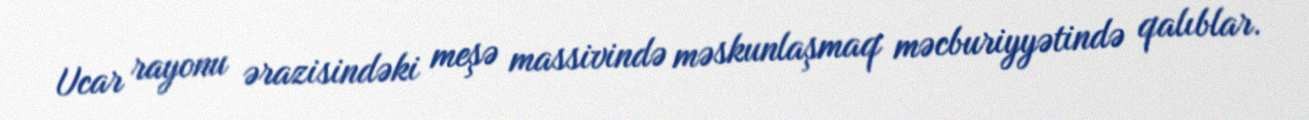
Ucar rayonu ərazisindəki meşə massivində məskunlaşmaq məcburiyyətində qalıblar.